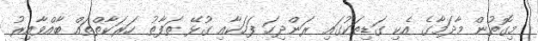
މިގޮތުން މާދަމާގެ އެކި ގަޑިތަކުގައި ރަންދިހަ ފަހަކާއި ގުޅޭ ތަފާތު ހަރަކާތްތައް ބާއްވާއިރު